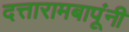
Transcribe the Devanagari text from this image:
दत्तारामबापूंनी